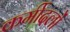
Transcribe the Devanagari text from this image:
कर्मीदलों